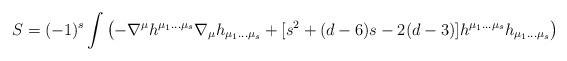
LaTeX: \begin{align*}S=(-1)^s\int \left(-\nabla^{\mu}h^{\mu_1\ldots\mu_s}\nabla_{\mu}h_{\mu_1\ldots\mu_s}+[s^2+(d-6)s-2(d-3)]h^{\mu_1\ldots\mu_s}h_{\mu_1\ldots\mu_s}\right)\end{align*}